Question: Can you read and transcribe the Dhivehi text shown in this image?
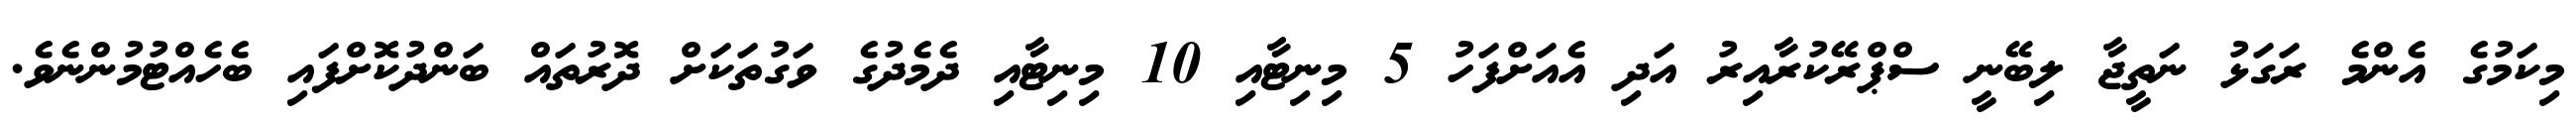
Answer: މިކަމުގެ އެންމެ ރަގަޅު ނަތީޖާ ލިބޭނީ ސްޕްރޭކުރާއިރު އަދި އެއަށްފަހު 5 މިނިޓާއި 10 މިނިޓާއި ދެމެދުގެ ވަގުތަކަށް ދޮރުތައް ބަންދުކޮށްފައި ބެހެއްޓުމުންނެވެ.